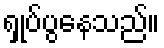
ရှုပ်ပွနေသည်။